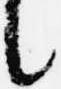
言